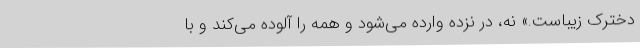
دخترک زیباست.» نه، در نزده وارده می‌شود و همه را آلوده می‌کند و با